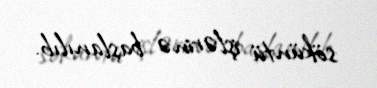
söküntü işlərinə başlanılıb.